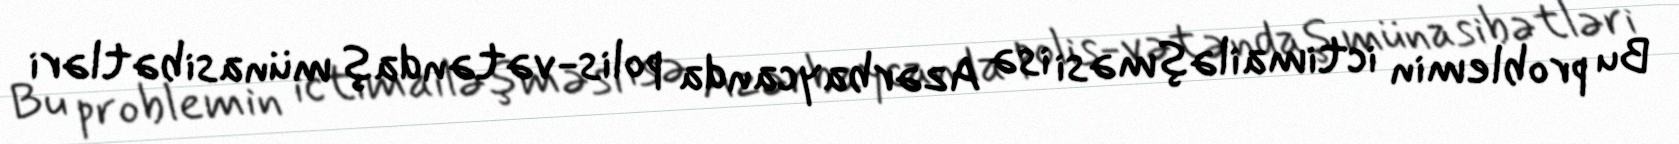
Bu problemin ictimailəşməsi isə Azərbaycanda polis-vətəndaş münasibətləri